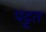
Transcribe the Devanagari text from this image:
पट्टत